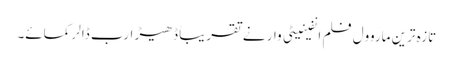
تازہ ترین ماروول فلم انفینیٹی وار نے تقریباً ڈھیڑ ارب ڈالر کمائے۔